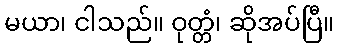
မယာ၊ ငါသည်။ ဝုတ္တံ၊ ဆိုအပ်ပြီ။